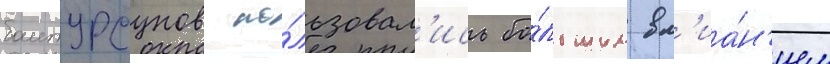
баитурсунов по́льзовал'ись бо́льшим вл'иа́н'ием